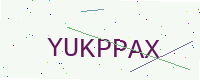
Text: YUKPPAX